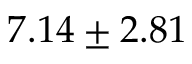
7 . 1 4 \pm 2 . 8 1